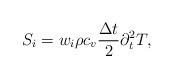
\begin{align*}S_i={{w}_i} \rho c_v\frac{\Delta t}{2} \partial_t^2T,\end{align*}